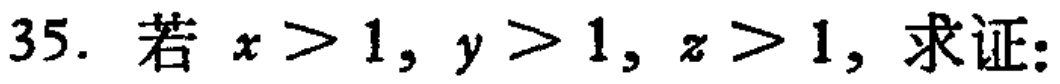
35. 若 \(x > 1, y > 1, z > 1\), 求证: